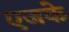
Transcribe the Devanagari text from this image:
एजके